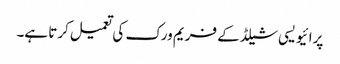
پرائیویسی شیلڈ کے فریم ورک کی تعمیل کرتا ہے۔